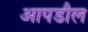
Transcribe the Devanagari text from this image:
आपडौल